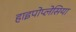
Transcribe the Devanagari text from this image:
हाइपोप्लेसिया